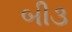
બી૩